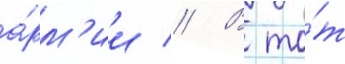
а́рм'ии // В то́т